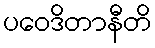
ပဝေဒိတာနီတိ